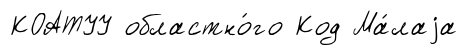
КОАТУУ областно́го Код Ма́лаjа